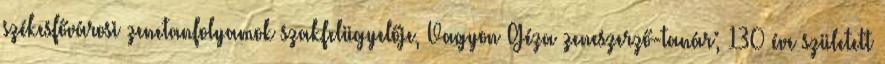
székesfővárosi zenetanfolyamok szakfelügyelője, Vagyon Géza zeneszerző-tanár; 130 éve született